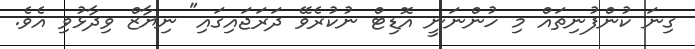
ގިނަ ކުންފުނިތައް މި ހުންނަނީ އޮޑިޓް ނުކުރެވޭ ދަރަޖައިގައި" ނިޔާޒް ވިދާޅުވި އެވެ.